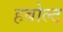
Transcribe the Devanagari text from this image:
हबोल्ट